Medical and sanitary report of the native army of Bengal for the year
Year: 1876
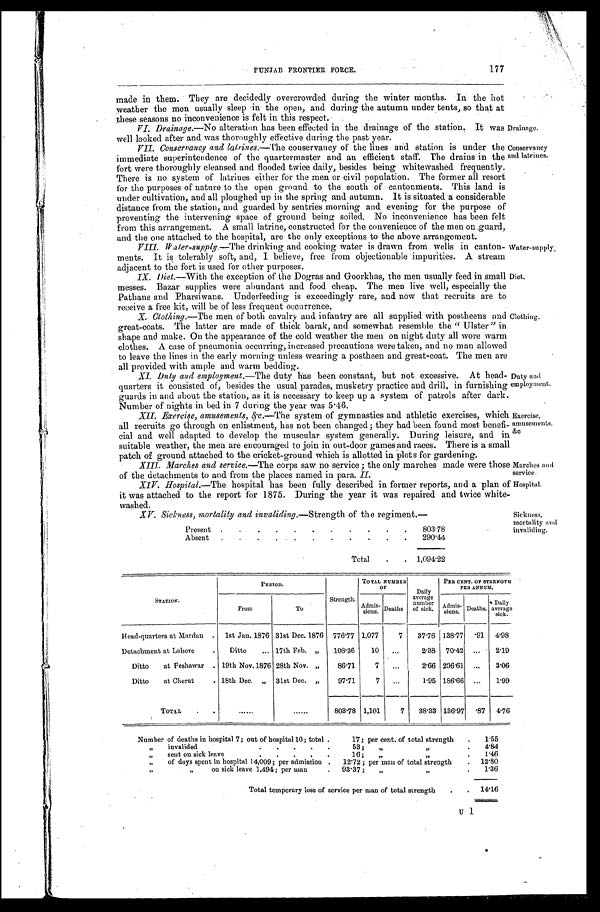
PUNJAB FRONTIER FORCE.
177
made in them. They are decidedly overcrowded during the winter months. In the hot
weather the men usually sleep in the open, and during the autumn under tents, so that at
these seasons no inconvenience is felt in this respect.
VI. Drainage.—No alteration has been effected in the drainage of the station. It was
well looked after and was thoroughly effective during the past year.
Drainage.
VII. Conservancy and latrines. —The conservancy of the lines and station is under the
immediate superintendence of the quartermaster and an efficient staff. The drains in the
fort were thoroughly cleansed and flooded twice daily, besides being whitewashed frequently.
There is no system of latrines either for the men or civil population. The former all resort
for the purposes of nature to the open ground to the south of cantonments. This land is
under cultivation, and all ploughed up in the spring and autumn. It is situated a considerable
distance from the station, and guarded by sentries morning and evening for the purpose of
preventing the intervening space of ground being soiled. No inconvenience has been felt
from this arrangement. A small latrine, constructed for the convenience of the men on guard,
and the one attached to the hospital, are the only exceptions to the above arrangement.
Conservancy
and latrines.
VIII. Water-supply.—The drinking and cooking water is drawn from wells in canton-
ments. It is tolerably soft, and, I believe, free from objectionable impurities. A stream
adjacent to the fort is used for other purposes.
Water-supply.
IX. Diet.—With the exception of the Dogras and Goorkhas, the men usually feed in small
messes. Bazar supplies were abundant and food cheap. The men live well, especially the
Pathans and Pharsiwans. Underfeeding is exceedingly rare, and now that recruits are to
receive a free kit, will be of less frequent occurrence.
Diet.
X. Clothing.—The men of both cavalry and infantry are all supplied with postheens and
great-coats. The latter are made of thick barak, and somewhat resemble the "Ulster" in
shape and make. On the appearance of the cold weather the men on night duty all wore warm
clothes. A case of pneumonia occurring, increased precautions were taken, and no man allowed
to leave the lines in the early morning unless wearing a postheen and great-coat. The men are
all provided with ample and warm bedding.
Clothing.
XI Duty and employment. —The duty has been constant, but not excessive. At head-
quarters it consisted of, besides the usual parades, musketry practice and drill, in furnishing
guards in and about the station, as it is necessary to keep up a system of patrols after dark.
Number of nights in bed in 7 during the year was 5.46.
Duty and
employment.
XII. Exercise, amusements, &c.—The system of gymnastics and athletic exercises, which
all recruits go through on enlistment, has not been changed; they had been found most benefi-
cial and well adapted to develop the muscular system generally. During leisure, and in
suitable weather, the men are encouraged to join in out-door games and races. There is a small
patch of ground attached to the cricket-ground which is allotted in plots for gardening.
Exercise,
amusements,
&
c
XIII. Marches and service.—The corps saw no service; the only marches made were those
of the detachments to and from the places named in para. II.
Marches and
service.
XIV. Hospital.—The hospital has been fully described in former reports, and a plan of
it was attached to the report for 1875. During the year it was repaired and twice white
-washed.
Hospital.
XV. Sickness, mortality and invaliding.—Strength of the regiment.—
Sickness,
mortality and
invaliding.
STATION.
PERIOD.
Strength.
TOTAL NUMBER
OF
Daily
average number
of sick.
PER CENT. OF STRENGTH
PER ANNUM.
From
To
Admis- sions. Deaths
Admis-
sions. Deaths. Daily
average sick.
Head-quarters at Mardan
1st Jan. 1876 31st Dec. 1876 776.77 1,077
7 37.76 138.77 .91 4 . 9 8
Detachment at Lahore
Ditto
17th Feb. „ 108.36 10
2.38 70.42
2 . 1 9
Ditto at Peshawar 19th Nov.1876 28th Nov. „ 86.71
7
2.66 296.61
3.06
Ditto at Cherat
18th Dec. „ 31st Dec. „ 97.71
7
1.95 186.66
1 . 9 9
TOTAL
803.78 1,101
7 38.33 136.97 .87 4.76
Number of deaths in hospital 7; out of hospital 10; total 17; per cent. of total strength
1.55
„ i n v a l i d e d 5 3 ; „ „
4 . 8 4
„ sent ou sick leave 16; „ „
1 . 4 6
„ of days spent in hospital 14,009; per admission 12.72; per man of total strength
1 2 . 8 0
„ „ on sick leave 1,494; per man 93.37; „ „
1.36
Total temporary loss of service per man of total strength
14.16
Present
803. 78
Absent
290. 44
Total
1, 094. 22
U 1